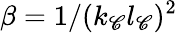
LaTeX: \beta=1/(k_{\mathscr{C}}l_{\mathscr{C}})^{2}